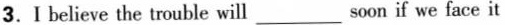
3.I believe the trouble will ___ soon if we face it